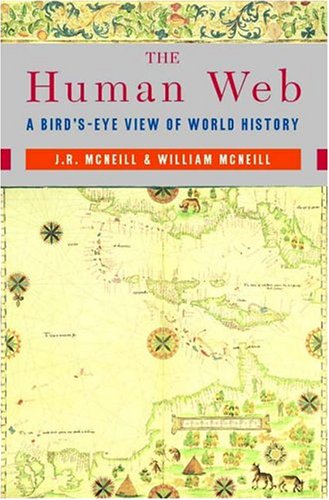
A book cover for The Human Web: A Bird's-Eye View of World History; J. R. McNeill; Computers & Technology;